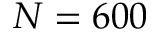
N = 6 0 0